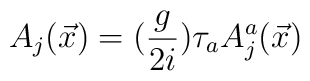
A_j(\vec{x})=(\frac{g}{2i})\tau_aA_j^a(\vec{x})